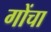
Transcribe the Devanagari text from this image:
गोंचा